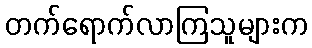
တက်ရောက်လာကြသူများက